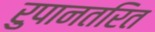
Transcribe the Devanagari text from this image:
रुपानतरित